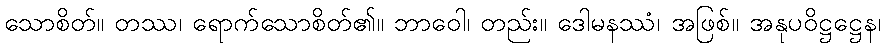
သောစိတ်။ တဿ၊ ရောက်သောစိတ်၏။ ဘာဝေါ၊ တည်း။ ဒေါမနဿံ၊ အဖြစ်။ အနုပဝိဋ္ဌဋ္ဌေန၊